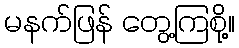
မနက်ဖြန် တွေ့ကြစို့။